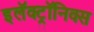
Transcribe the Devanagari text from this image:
इलॅक्ट्रॉनिक्स